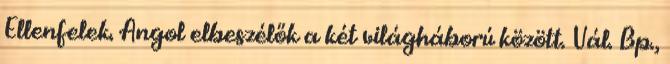
Ellenfelek. Angol elbeszélők a két világháború között. Vál. Bp.,